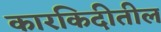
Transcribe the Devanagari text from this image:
कारकिदीतील